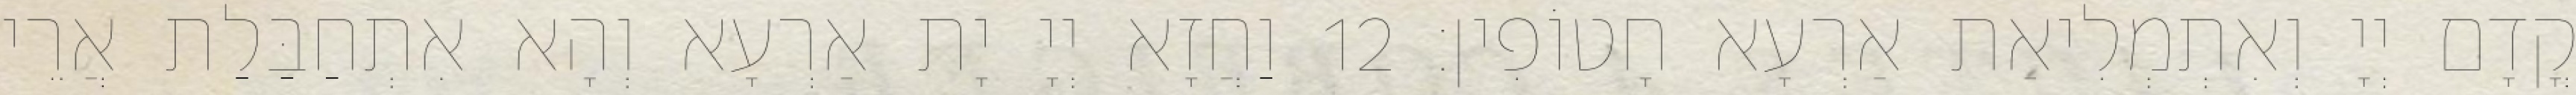
קֳדָם יְיָ וְאִתְמְלִיאַת אַרְעָא חָטוֹפִין׃ 12 וַחֲזָא יְיָ יָת אַרְעָא וְהָא אִתְחַבַּלַת אֲרֵי